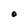
Character: O